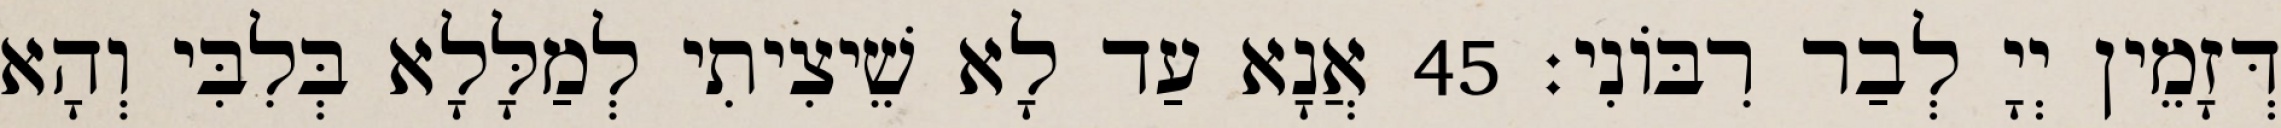
דְּזָמֵין יְיָ לְבַר רִבּוֹנִי׃ 45 אֲנָא עַד לָא שֵׁיצִיתִי לְמַלָּלָא בְּלִבִּי וְהָא